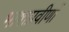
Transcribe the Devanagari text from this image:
भाषाप्रवीणों